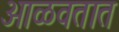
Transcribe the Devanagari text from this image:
आळवतात